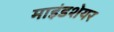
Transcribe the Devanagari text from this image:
माइंडशेयर